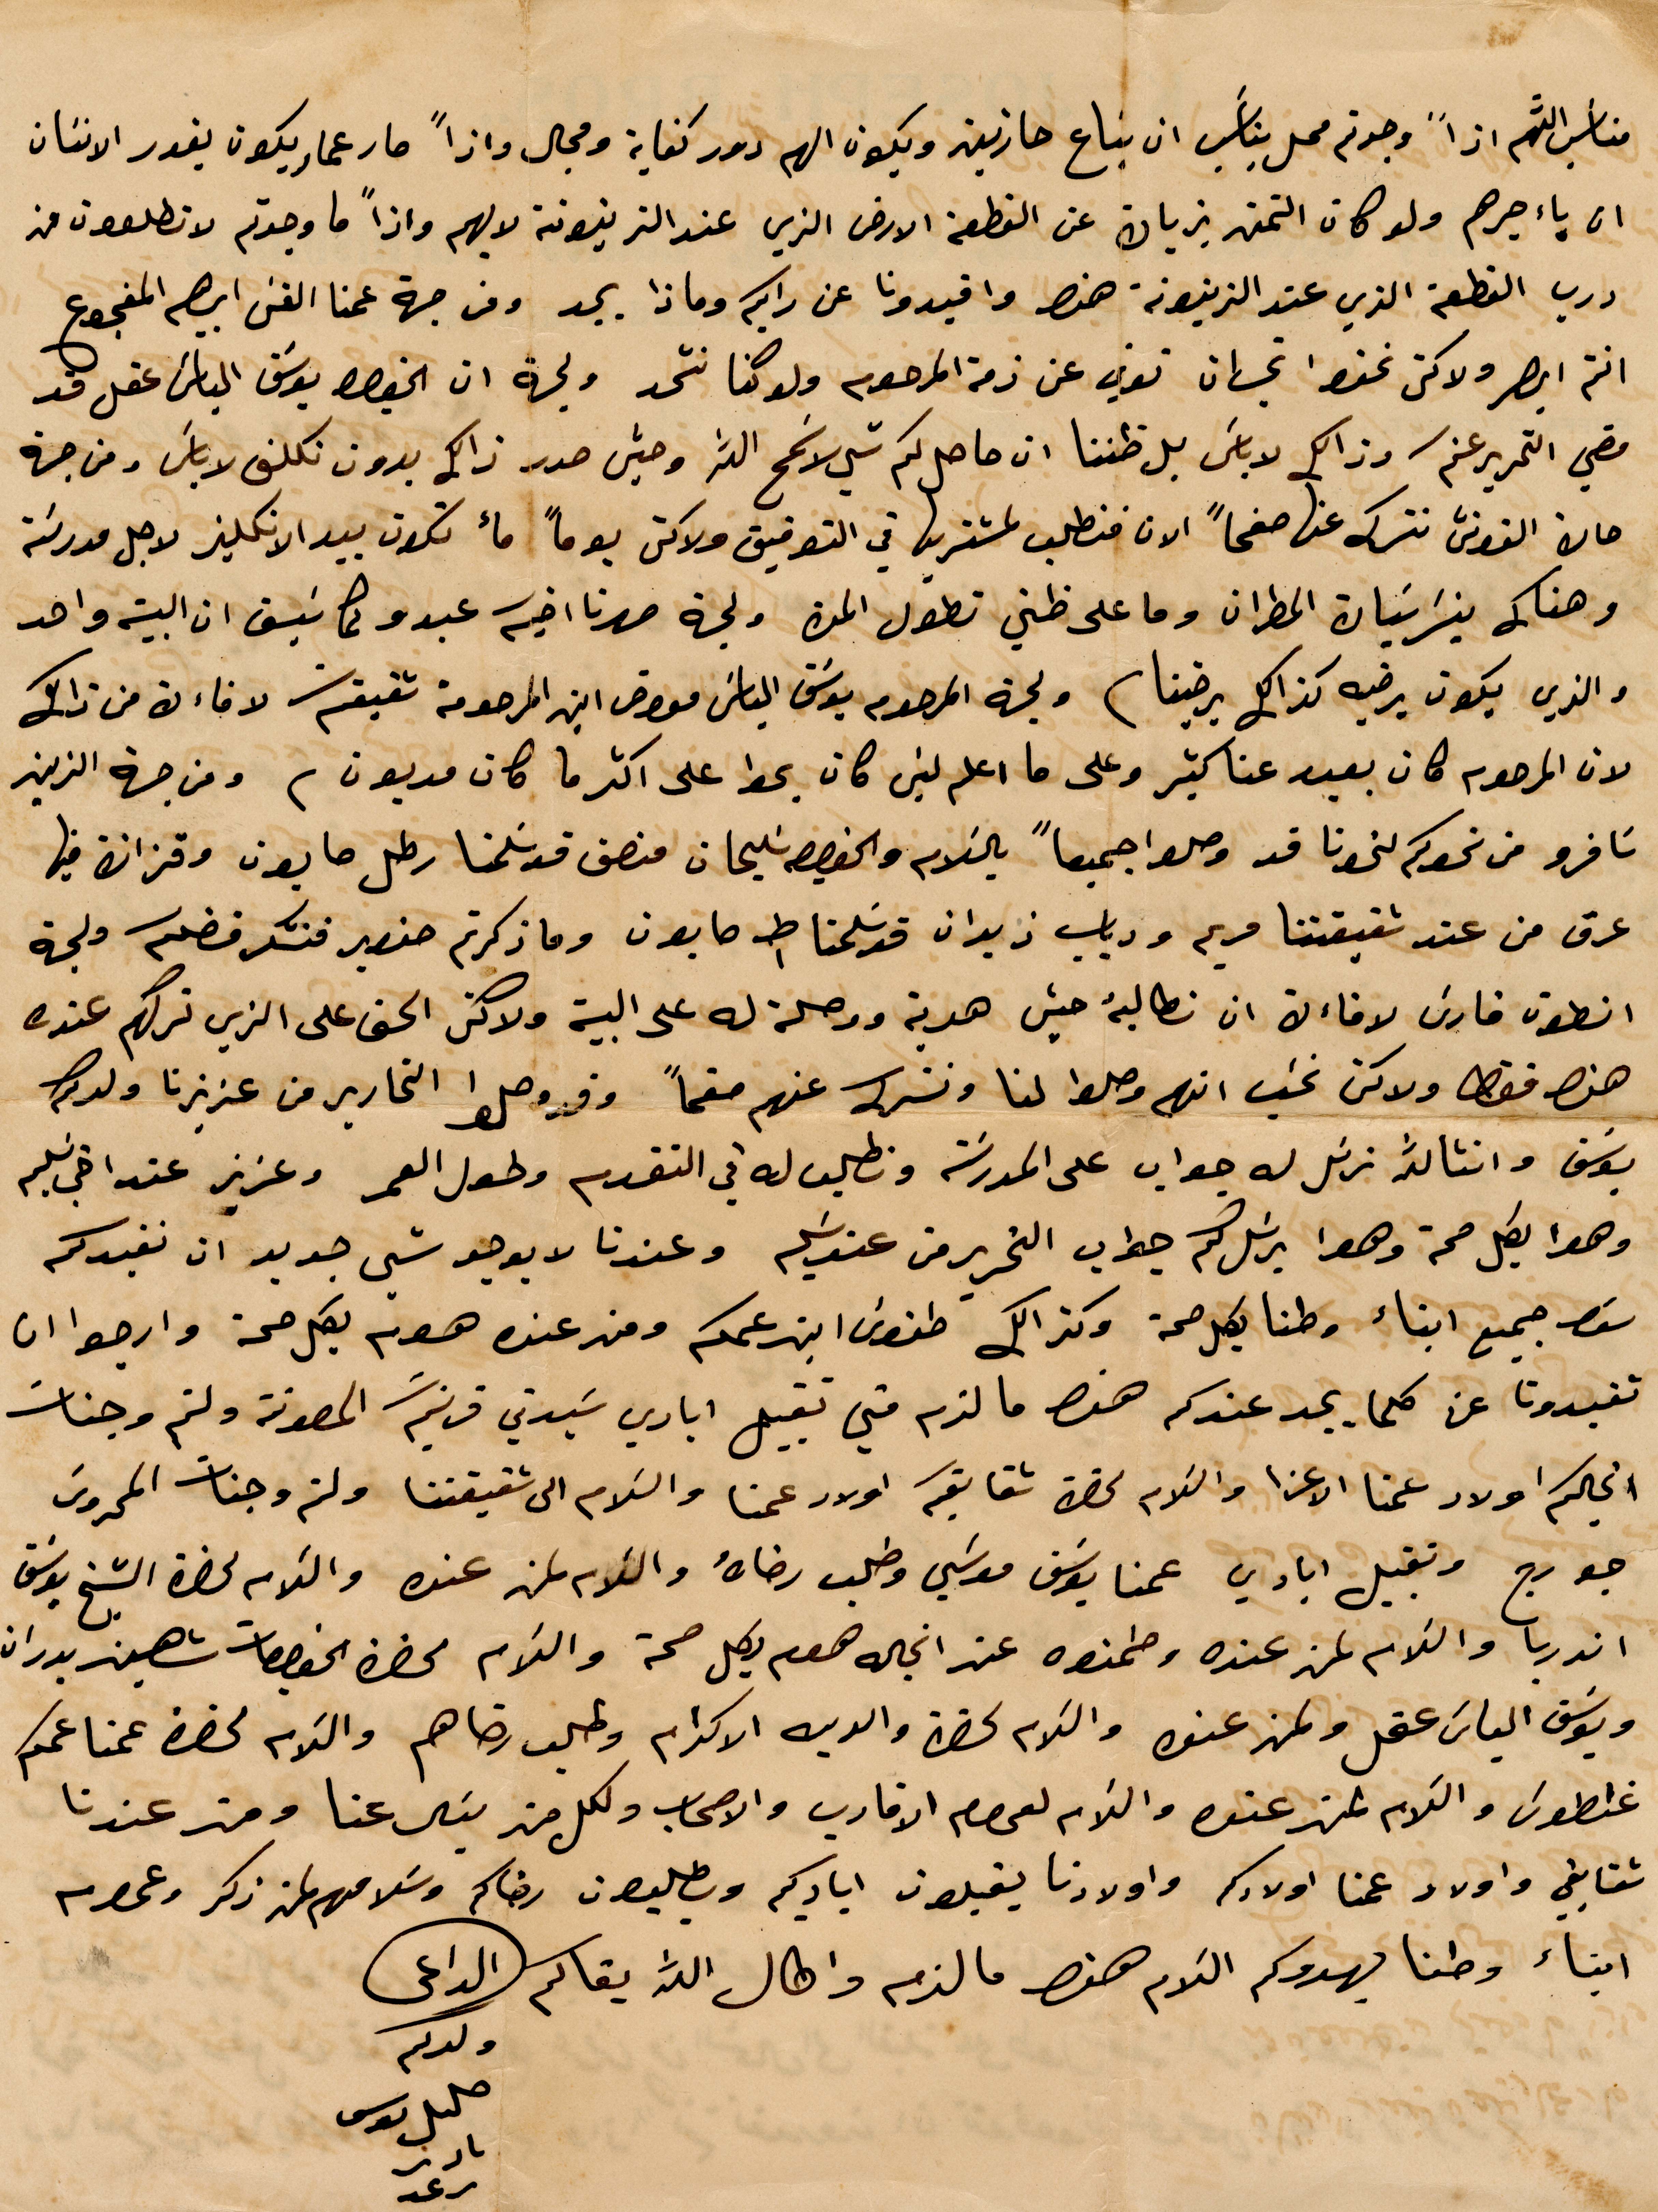
مناسب  %%اذًا وجدتم محل مناسب ان يباع حارتين ويكون لهم دور كفاية ومجال واذًا صار عمار يكون يقدر الانسان
باءجرهم ولو كان التمن يزيان عن القطعة الأرض الذي عند الزيتونة لا يهو واذًا ما وجدتم لا تطلعون من
درب القطعة الذي عند الزيتونة هن واوفيدونا عن رايكم وماذا يجد ومن جهة عمنا القس إبراهيم المفجوع
انتم ابصر ولاكن نحن %% توفي عن ذمة المرحوم ولو كنا نتّحد ولجهة ان الخوري يوسف الياس عقل قد
مضي التحرير عنكم وذلك لا بأس لا ظننا ان حاصل كم شي لا سمح الله وحين صدر ذلك بدون تكلف لا بأس ومن جهة
حال %% نتركه عنها صفحًا الان فنطلب لمشتريها في التوفيق ولاكن يومًا ماء تكون بيد الإنكليز لاجل مدرسة
وهناك %% المطران وما على ظني تطول المحن ولجهة صهرنا أخيه عبدو ولما نسبق ان البيت واحد
والذي يكون يرضيه كذلك يرضينا ولجهة المرحوم يوسف الناش معوض ابن المرحومة شقيقة لا فاء من ذلك
لان المرحوم كان بعيد عنا كثير وعلى ما اعلم لين كان يحط على اكثر ما كان مديون ومن جهة الزين
سافرو من نحوكم لنحونا قد وصلوا جميعًا بالسلام والخوري سليمان منصف قد سلمنا رطل صابون وقزاز فيها
عرق من عند شقيقتنا مرين ودياب زيدان قد سلمان ط ١ صابون وما ذكرتم حنصير فنشكر فضلكم ولجهة
نطون فارن لاقاءك ان نطالبه حيث هدية ووصلة له على البيت ولاكثر الحق على الزين تركهم عندن
هذا فقط ولاكن نحب انهم وصلوا لنا ونشكر عنهم صفحًا وقد وصلوا التحارير من عزيزنا ولدكم
يوسف وانشالله نرسل له جواب على المدرسة ونطلب له في التقدم وطول العمر وعزيز عند اخي سليم
وهوا بكل صحة وهوا يرسل لكم جواب التحرير من عندكم وعندنا لا يوجد شي جديد ان نخبركم
هنا جميع أبناء وطنا بكل صحة وكذلك طنوس ابن عمكم ومن عنده هوم بكل صحة وارجوا ان
تفيدونا عن كلما يجد عندكم هنا ما لزم مني تقبيل ايادي سيدتي مريم المصونة ولثم وجنات
الكرام أولاد عمنا الاعزا والكلام %% شقايكم والاد عمنا والسلام الى شقيقتنا ولثم وجنت الحروس
جورج وتقبيل ايادي عمنا يوسف موسي وطلب رضاه والسلام لمن عند والسلام لحضرة الشيخ يوسف
اندريا والسلام لمن عنده وطمنوه عن انجاله هوم وبكل صحة والسلام %% شهين بدران
ويوسف الياس عقل ولمن عند والسلام %% والديه الاكرام وطلب رضاهم والسلام لحضرة عمنا عمكم
غنطوس والسلام لمنم عنده والسلام لعموم الأقارب والاصحاب ولكل من يقال عنا ومن عندنا
شقايقي واولاد عمنا اولادكم واولادنا يقبلون اياديكم ويطلبون رضاكم وسلامهم لم ذكر وعموم
أبناء وطنا يهدوكم السلام هنا ما لزم وطال الله بقاكم